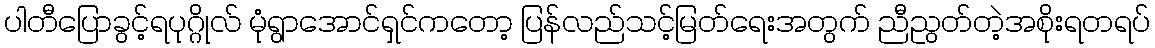
ပါတီပြောခွင့်ရပုဂ္ဂိုလ် မုံရွာအောင်ရှင်ကတော့ ပြန်လည်သင့်မြတ်ရေးအတွက် ညီညွတ်တဲ့အစိုးရတရပ်